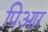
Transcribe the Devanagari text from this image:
पिआर